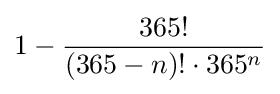
1-{\frac {365!}{(365-n)!\cdot 365^{n}}}